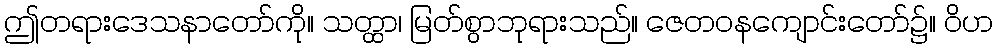
ဤတရားဒေသနာတော်ကို။ သတ္ထာ၊ မြတ်စွာဘုရားသည်။ ဇေတဝနကျောင်းတော်၌။ ဝိဟ